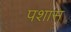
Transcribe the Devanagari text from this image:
पशास